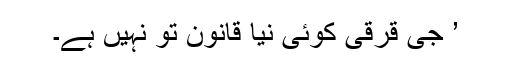
’ جی قرقی کوئی نیا قانون تو نہیں ہے۔